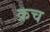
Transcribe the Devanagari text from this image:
क्रच